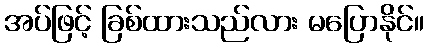
အပ်ဖြင့် ခြစ်ထားသည်လား မပြောနိုင်။